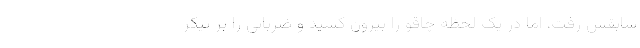
سابقش رفت، اما در یک لحظه چاقو را بیرون کشید و ضرباتی را بر پیکر